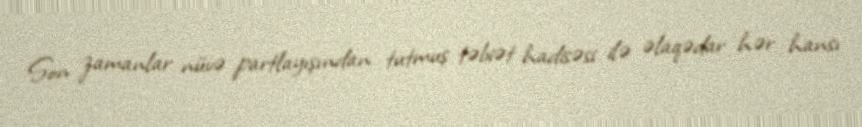
Son zamanlar nüvə partlayışından tutmuş təbiət hadisəsi ilə əlaqədar hər hansı